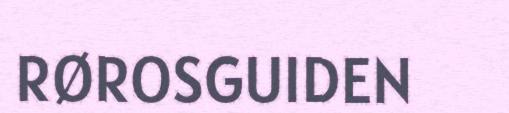
RØROSGUIDEN